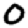
Digit: 0